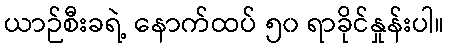
ယာဉ်စီးခရဲ့ နောက်ထပ် ၅၀ ရာခိုင်နှုန်းပါ။